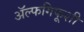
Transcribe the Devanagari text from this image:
ॲल्फगिफूशी